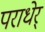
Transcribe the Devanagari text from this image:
पराधेर्